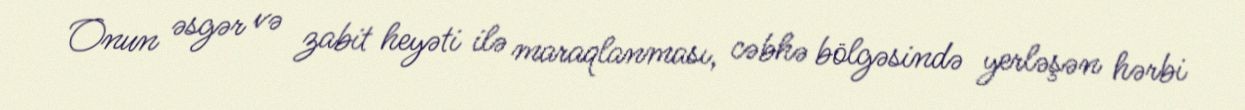
Onun əsgər və zabit heyəti ilə maraqlanması, cəbhə bölgəsində yerləşən hərbi